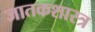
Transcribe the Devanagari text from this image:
जातकशास्त्र